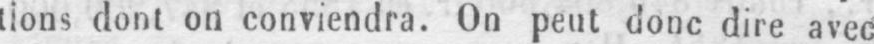
tions dont on conviendra. On peut donc dire avec